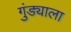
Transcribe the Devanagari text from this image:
गुंड्याला